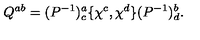
Q ^ { a b } = ( P ^ { - 1 } ) _ { c } ^ { a } \{ \chi ^ { c } , \chi ^ { d } \} ( P ^ { - 1 } ) _ { d } ^ { b } .